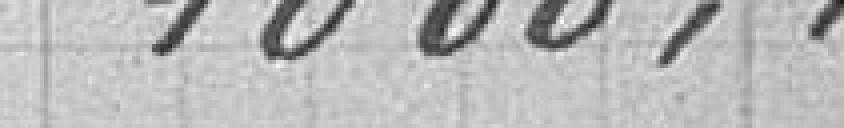
1 000,00